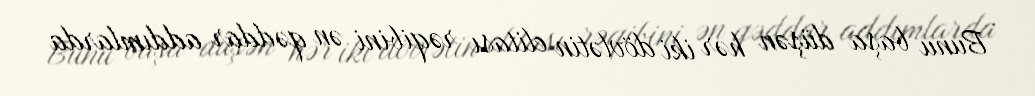
Bunu başa düşən hər iki dövlətin elitası rəqibini ən qəddar addımlarda